Scottish Leaving Certificate Examination, 1960
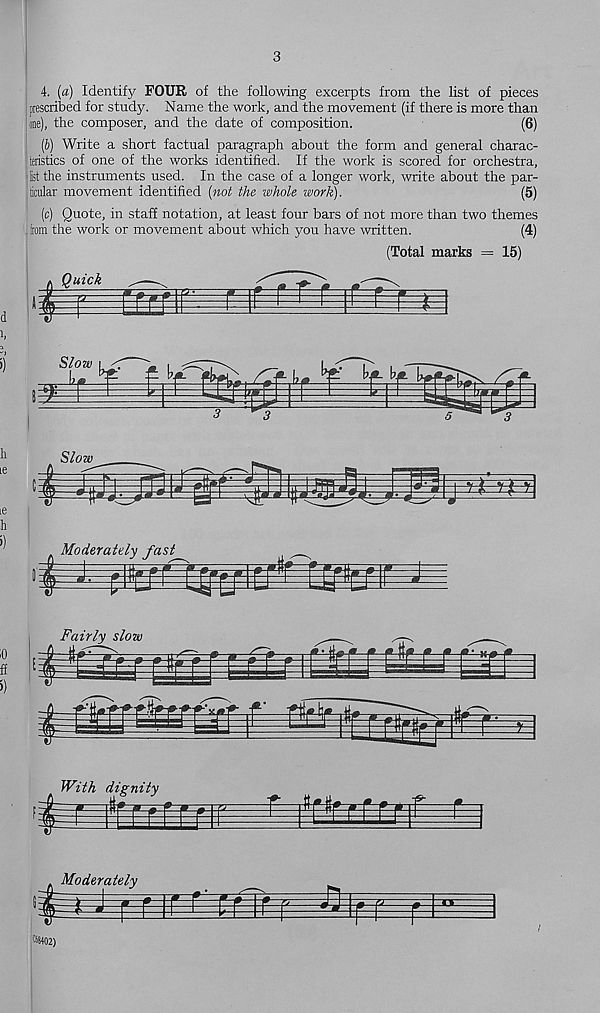
o>
3
4. (a) Identify FOUR of the following excerpts from the list of pieces
prescribed for study. Name the work, and the movement (if there is more than
me), the composer, and the date of composition.
(6)
(b) Write a short factual paragraph about the form and general charac-
teristics of one of the works identified. If the work is scored for orchestra,
list the instruments used. In the case of a longer work, write about the par-
ticular movement identified (not the whole work).
(5)
(c) Quote, in staff notation, at least four bars of not more than two themes
, Irom the work or movement about which you have written.
(4)
(Total marks = 15)
Moderately fast
|rfl^r ^
With dignity
#-#■
£
Moderately
' 4402)